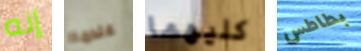
إنه عندما كليهما بطاطس